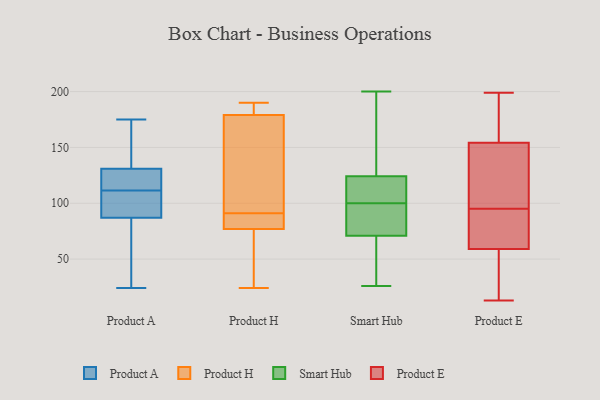
{"axis": {"x": "Headcount", "y": "Value"}, "legend": ["Product A", "Product E", "Product H", "Smart Hub"], "data": [{"x": "", "y": 112, "type": "Product A"}, {"x": "", "y": 114, "type": "Product A"}, {"x": "", "y": 111, "type": "Product A"}, {"x": "", "y": 131, "type": "Product A"}, {"x": "", "y": 24, "type": "Product A"}, {"x": "", "y": 152, "type": "Product A"}, {"x": "", "y": 60, "type": "Product A"}, {"x": "", "y": 157, "type": "Product A"}, {"x": "", "y": 87, "type": "Product A"}, {"x": "", "y": 126, "type": "Product A"}, {"x": "", "y": 35, "type": "Product A"}, {"x": "", "y": 109, "type": "Product A"}, {"x": "", "y": 105, "type": "Product A"}, {"x": "", "y": 175, "type": "Product A"}, {"x": "", "y": 82, "type": "Product H"}, {"x": "", "y": 77, "type": "Product H"}, {"x": "", "y": 185, "type": "Product H"}, {"x": "", "y": 134, "type": "Product H"}, {"x": "", "y": 81, "type": "Product H"}, {"x": "", "y": 64, "type": "Product H"}, {"x": "", "y": 190, "type": "Product H"}, {"x": "", "y": 88, "type": "Product H"}, {"x": "", "y": 179, "type": "Product H"}, {"x": "", "y": 111, "type": "Product H"}, {"x": "", "y": 65, "type": "Product H"}, {"x": "", "y": 67, "type": "Product H"}, {"x": "", "y": 188, "type": "Product H"}, {"x": "", "y": 24, "type": "Product H"}, {"x": "", "y": 179, "type": "Product H"}, {"x": "", "y": 84, "type": "Product H"}, {"x": "", "y": 94, "type": "Product H"}, {"x": "", "y": 158, "type": "Product H"}, {"x": "", "y": 200, "type": "Smart Hub"}, {"x": "", "y": 74, "type": "Smart Hub"}, {"x": "", "y": 175, "type": "Smart Hub"}, {"x": "", "y": 86, "type": "Smart Hub"}, {"x": "", "y": 128, "type": "Smart Hub"}, {"x": "", "y": 26, "type": "Smart Hub"}, {"x": "", "y": 76, "type": "Smart Hub"}, {"x": "", "y": 63, "type": "Smart Hub"}, {"x": "", "y": 133, "type": "Smart Hub"}, {"x": "", "y": 70, "type": "Smart Hub"}, {"x": "", "y": 64, "type": "Smart Hub"}, {"x": "", "y": 113, "type": "Smart Hub"}, {"x": "", "y": 100, "type": "Smart Hub"}, {"x": "", "y": 106, "type": "Smart Hub"}, {"x": "", "y": 107, "type": "Smart Hub"}, {"x": "", "y": 114, "type": "Product E"}, {"x": "", "y": 54, "type": "Product E"}, {"x": "", "y": 45, "type": "Product E"}, {"x": "", "y": 181, "type": "Product E"}, {"x": "", "y": 167, "type": "Product E"}, {"x": "", "y": 95, "type": "Product E"}, {"x": "", "y": 79, "type": "Product E"}, {"x": "", "y": 41, "type": "Product E"}, {"x": "", "y": 156, "type": "Product E"}, {"x": "", "y": 137, "type": "Product E"}, {"x": "", "y": 94, "type": "Product E"}, {"x": "", "y": 149, "type": "Product E"}, {"x": "", "y": 92, "type": "Product E"}, {"x": "", "y": 199, "type": "Product E"}, {"x": "", "y": 46, "type": "Product E"}, {"x": "", "y": 137, "type": "Product E"}, {"x": "", "y": 179, "type": "Product E"}, {"x": "", "y": 74, "type": "Product E"}, {"x": "", "y": 13, "type": "Product E"}]}